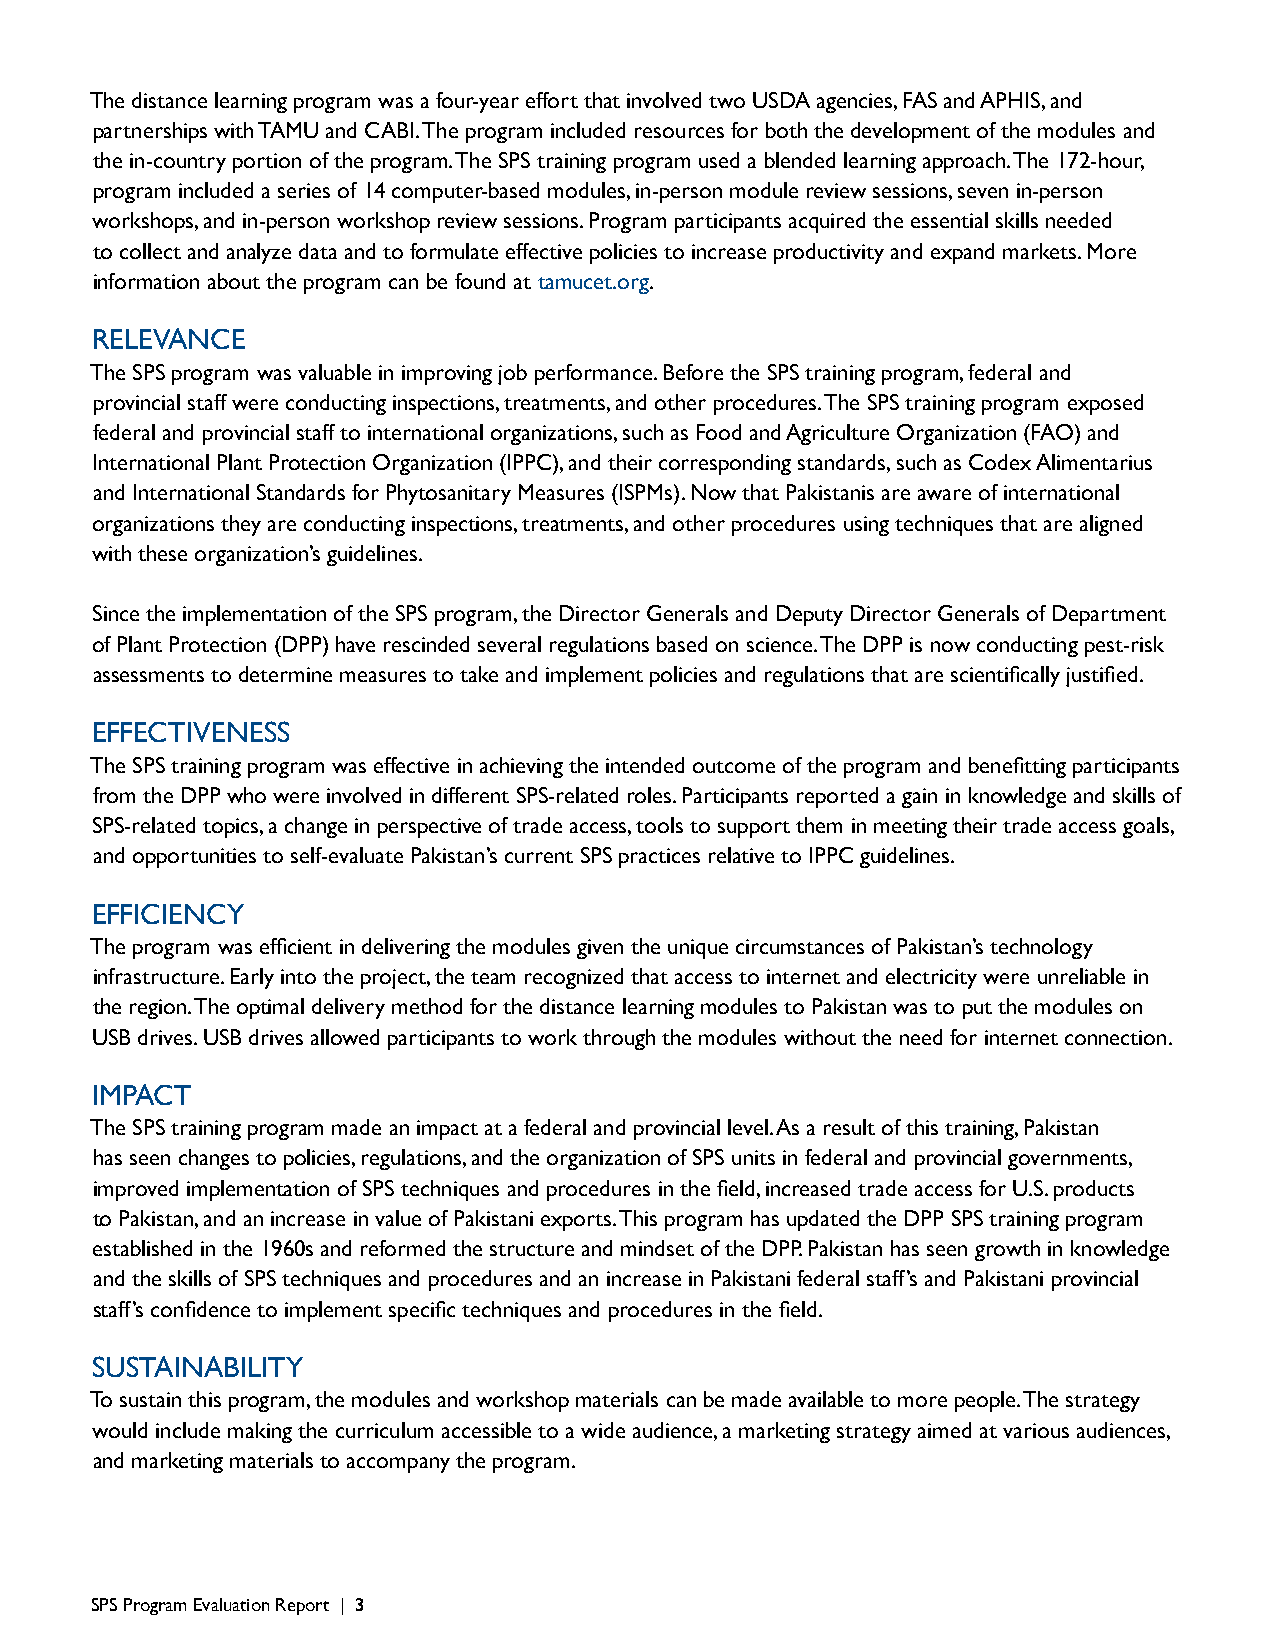
The distance learning program was a four-year effort that involved two USDA agencies, FAS and APHIS, and
 partnerships with TAMU and CABI. The program included resources for both the development of the modules and
 the in-country portion of the program. The SPS training program used a blended learning approach. The 172-hour,
 program included a series of 14 computer-based modules, in-person module review sessions, seven in-person
 workshops, and in-person workshop review sessions. Program participants acquired the essential skills needed
 to collect and analyze data and to formulate effective policies to increase productivity and expand markets. More
 information about the program can be found at tamucet.org.
 RELEVANCE
 The SPS program was valuable in improving job performance. Before the SPS training program, federal and
 provincial staff were conducting inspections, treatments, and other procedures. The SPS training program exposed
 federal and provincial staff to international organizations, such as Food and Agriculture Organization (FAO) and
 International Plant Protection Organization (IPPC), and their corresponding standards, such as Codex Alimentarius
 and International Standards for Phytosanitary Measures (ISPMs). Now that Pakistanis are aware of international
 organizations they are conducting inspections, treatments, and other procedures using techniques that are aligned
 with these organization’s guidelines.
 Since the implementation of the SPS program, the Director Generals and Deputy Director Generals of Department
 of Plant Protection (DPP) have rescinded several regulations based on science. The DPP is now conducting pest-risk
 assessments to determine measures to take and implement policies and regulations that are scientifically justified.
 EFFECTIVENESS
 The SPS training program was effective in achieving the intended outcome of the program and benefitting participants
 from the DPP who were involved in different SPS-related roles. Participants reported a gain in knowledge and skills of
 SPS-related topics, a change in perspective of trade access, tools to support them in meeting their trade access goals,
 and opportunities to self-evaluate Pakistan’s current SPS practices relative to IPPC guidelines.
 EFFICIENCY
 The program was efficient in delivering the modules given the unique circumstances of Pakistan’s technology
 infrastructure. Early into the project, the team recognized that access to internet and electricity were unreliable in
 the region. The optimal delivery method for the distance learning modules to Pakistan was to put the modules on
 USB drives. USB drives allowed participants to work through the modules without the need for internet connection.
 IMPACT
 The SPS training program made an impact at a federal and provincial level. As a result of this training, Pakistan
 has seen changes to policies, regulations, and the organization of SPS units in federal and provincial governments,
 improved implementation of SPS techniques and procedures in the field, increased trade access for U.S. products
 to Pakistan, and an increase in value of Pakistani exports. This program has updated the DPP SPS training program
 established in the 1960s and reformed the structure and mindset of the DPP. Pakistan has seen growth in knowledge
 and the skills of SPS techniques and procedures and an increase in Pakistani federal staff’s and Pakistani provincial
 staff’s confidence to implement specific techniques and procedures in the field.
 SUSTAINABILITY
 To sustain this program, the modules and workshop materials can be made available to more people. The strategy
 would include making the curriculum accessible to a wide audience, a marketing strategy aimed at various audiences,
 and marketing materials to accompany the program.
 SPS Program Evaluation Report | 3